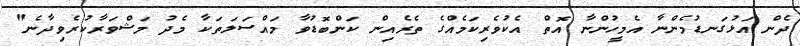
ދެން އަޅުގަނޑުމެންނާ އެމީހުންނާ އޮތް އެކުވެރިކަމެއްގެ ތެރެއިން ކަންބޮޑުވާ މައްސަލަތަކާ މެދު މަޝްވަރާކުރެވިދާނެ"